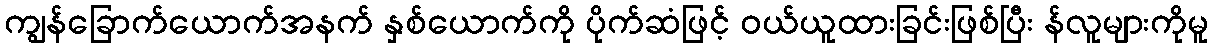
ကျွန်ခြောက်ယောက်အနက် နှစ်ယောက်ကို ပိုက်ဆံဖြင့် ဝယ်ယူထားခြင်းဖြစ်ပြီး န်လူများကိုမူ